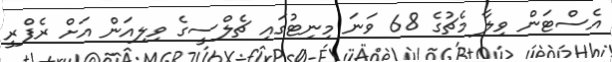
އެސްޓަން ވިލާ މެޗުގެ 68 ވަނަ މިނިޓުގައި ޗެލްސީގެ ވިލިއަން އަށް ރެފްރީ